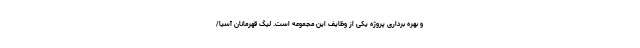
و بهره برداری پروژه یکی از وظایف این مجموعه است. لیگ قهرمانان آسیا/